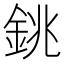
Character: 銚